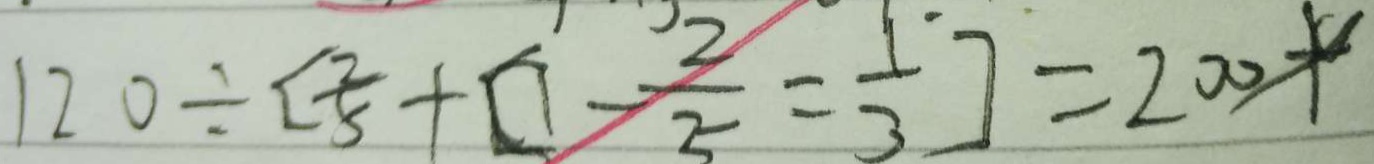
1 2 0 \div [ \frac { 2 } { 5 } + \square - \frac { 2 } { 5 } = \frac { 2 } { 3 } ] = 2 0 0 \times